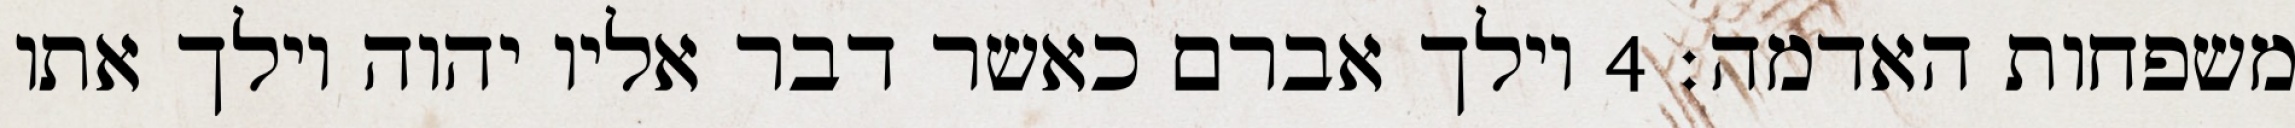
משפחות האדמה׃ ‎4‏ וילך אברם כאשר דבר אליו יהוה וילך אתו